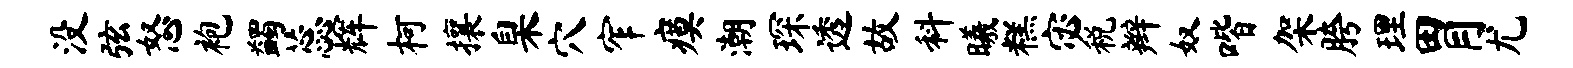
没弦怒袍蠲蕊辉柯攘臬穴窄瘼潮琛透故料曦糕宓税辫奴喈架胯理胃尤